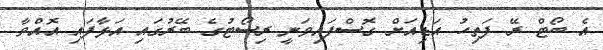
އެ ބޯޓް ރޭ ފަތިހު އަޑިއަށް ގޮސްފައިވަނީ ރިސޯޓުގެ ބޭރުގައި އަޅާފައި އޮއްވާ